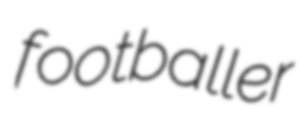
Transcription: footballer